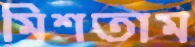
মিশতাম